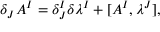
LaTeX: \delta _ { J } A ^ { I } = \delta _ { J } ^ { I } \delta \lambda ^ { I } + [ A ^ { I } , \lambda ^ { J } ] ,